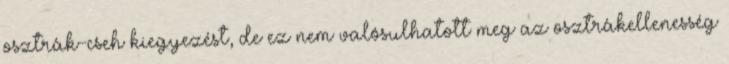
osztrák-cseh kiegyezést, de ez nem valósulhatott meg az osztrákellenesség